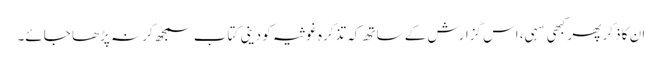
ان کا ذکر پھر کبھی سہی، اس گزارش کے ساتھ کہ تذکرہ غوثیہ کو دینی کتاب سمجھ کر نہ پڑھا جائے۔